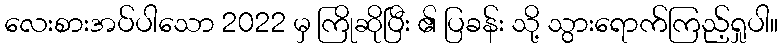
လေးစားအပ်ပါသော 2022 မှ ကြိုဆိုပြီး ၏ ပြခန်း သို့ သွားရောက်ကြည့်ရှုပါ။